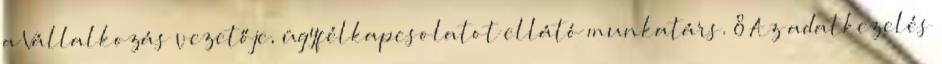
a Vállalkozás vezetője, ügyfélkapcsolatot ellátó munkatárs. 8 Az adatkezelés